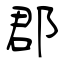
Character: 郡